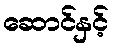
ဆောင်နှင့်